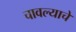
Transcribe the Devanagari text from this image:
चावल्याचे